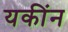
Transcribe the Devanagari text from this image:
यकींन